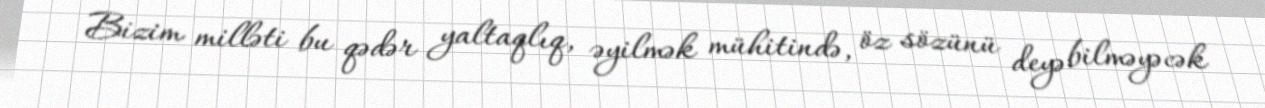
Bizim milləti bu qədər yaltaqlıq, əyilmək mühitində, öz sözünü deyə bilməyəcək